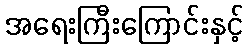
အရေးကြီးကြောင်းနှင့်